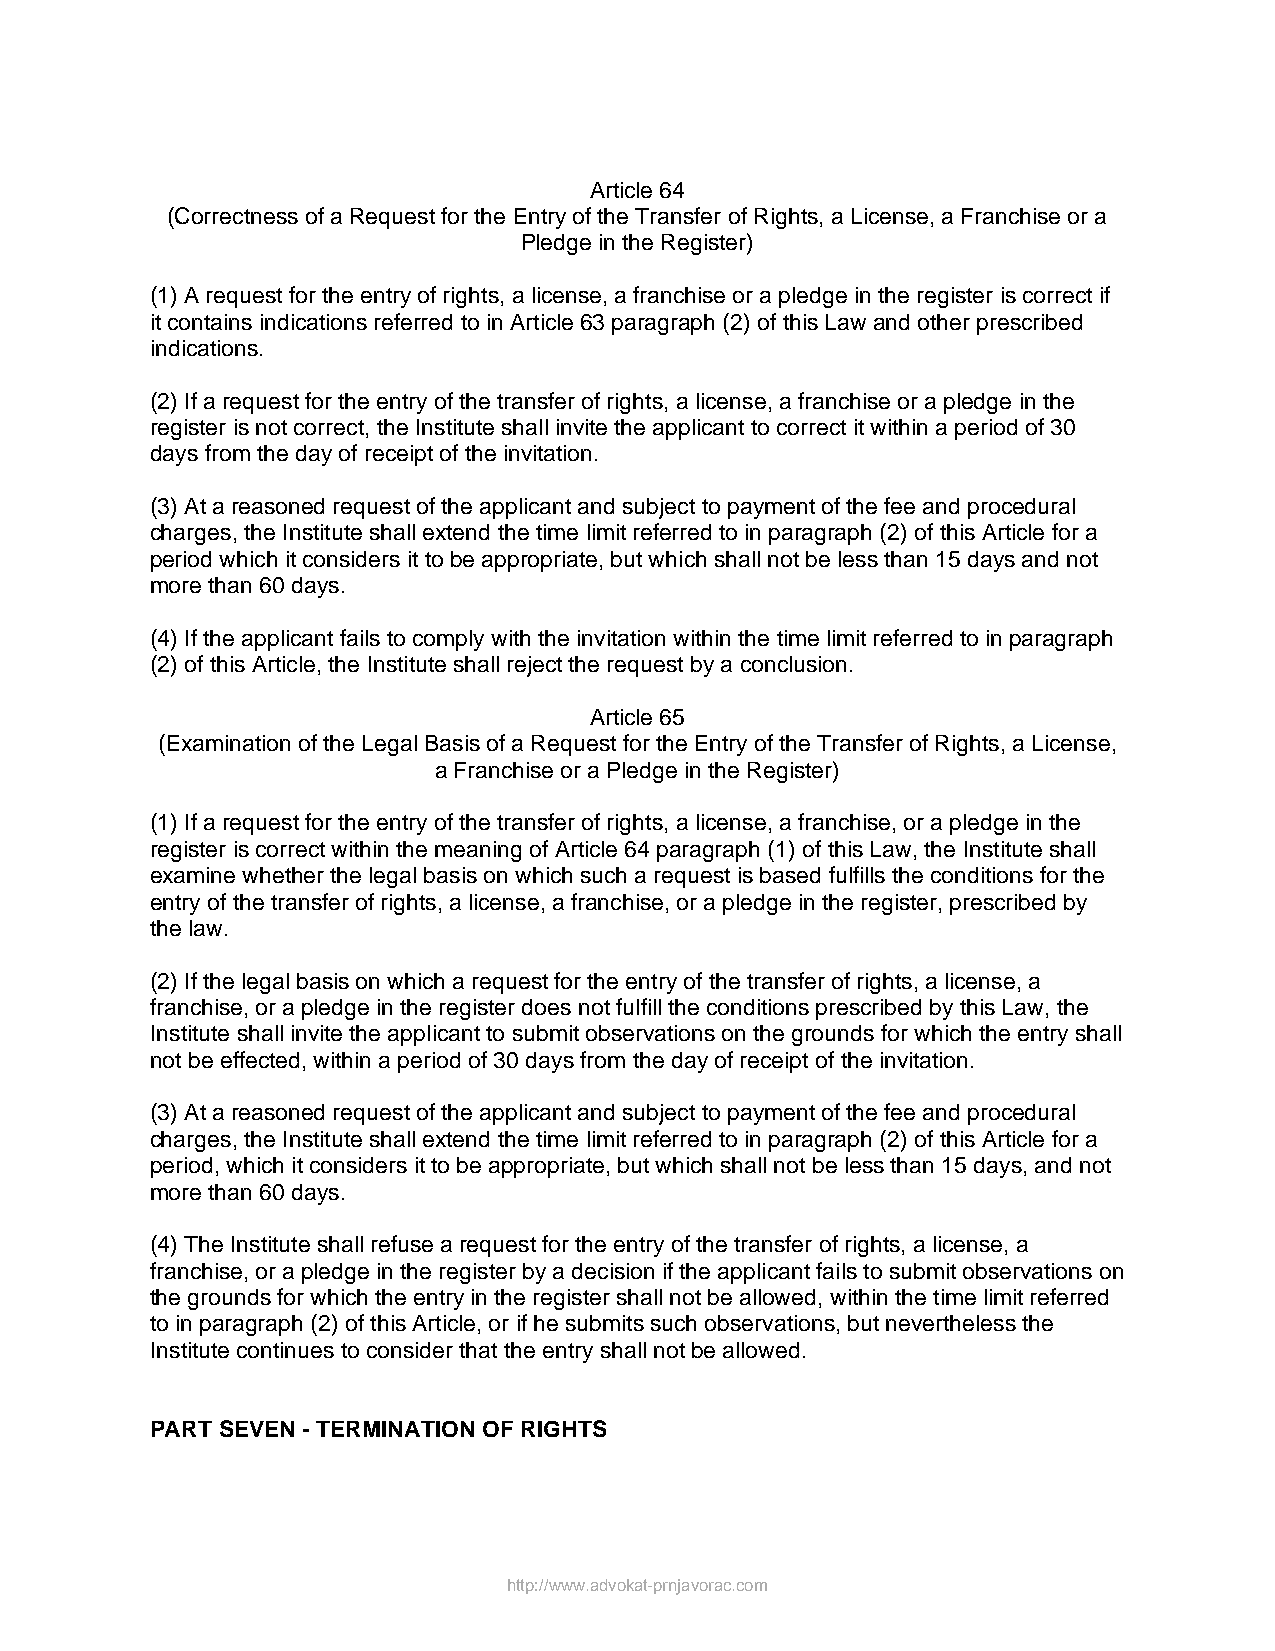
Article 64
 (Correctness of a Request for the Entry of the Transfer of Rights, a License, a Franchise or a
 Pledge in the Register)
 (1) A request for the entry of rights, a license, a franchise or a pledge in the register is correct if
 it contains indications referred to in Article 63 paragraph (2) of this Law and other prescribed
 indications.
 (2) If a request for the entry of the transfer of rights, a license, a franchise or a pledge in the
 register is not correct, the Institute shall invite the applicant to correct it within a period of 30
 days from the day of receipt of the invitation.
 (3) At a reasoned request of the applicant and subject to payment of the fee and procedural
 charges, the Institute shall extend the time limit referred to in paragraph (2) of this Article for a
 period which it considers it to be appropriate, but which shall not be less than 15 days and not
 more than 60 days.
 (4) If the applicant fails to comply with the invitation within the time limit referred to in paragraph
 (2) of this Article, the Institute shall reject the request by a conclusion.
 Article 65
 (Examination of the Legal Basis of a Request for the Entry of the Transfer of Rights, a License,
 a Franchise or a Pledge in the Register)
 (1) If a request for the entry of the transfer of rights, a license, a franchise, or a pledge in the
 register is correct within the meaning of Article 64 paragraph (1) of this Law, the Institute shall
 examine whether the legal basis on which such a request is based fulfills the conditions for the
 entry of the transfer of rights, a license, a franchise, or a pledge in the register, prescribed by
 the law.
 (2) If the legal basis on which a request for the entry of the transfer of rights, a license, a
 franchise, or a pledge in the register does not fulfill the conditions prescribed by this Law, the
 Institute shall invite the applicant to submit observations on the grounds for which the entry shall
 not be effected, within a period of 30 days from the day of receipt of the invitation.
 (3) At a reasoned request of the applicant and subject to payment of the fee and procedural
 charges, the Institute shall extend the time limit referred to in paragraph (2) of this Article for a
 period, which it considers it to be appropriate, but which shall not be less than 15 days, and not
 more than 60 days.
 (4) The Institute shall refuse a request for the entry of the transfer of rights, a license, a
 franchise, or a pledge in the register by a decision if the applicant fails to submit observations on
 the grounds for which the entry in the register shall not be allowed, within the time limit referred
 to in paragraph (2) of this Article, or if he submits such observations, but nevertheless the
 Institute continues to consider that the entry shall not be allowed.
 PART SEVEN - TERMINATION OF RIGHTS
 http://www.advokat-prnjavorac.com